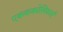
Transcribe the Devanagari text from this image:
एकककोशिकाएँ